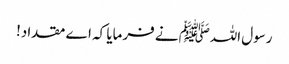
رسول اللہﷺ نے فرمایا کہ اے مقداد!